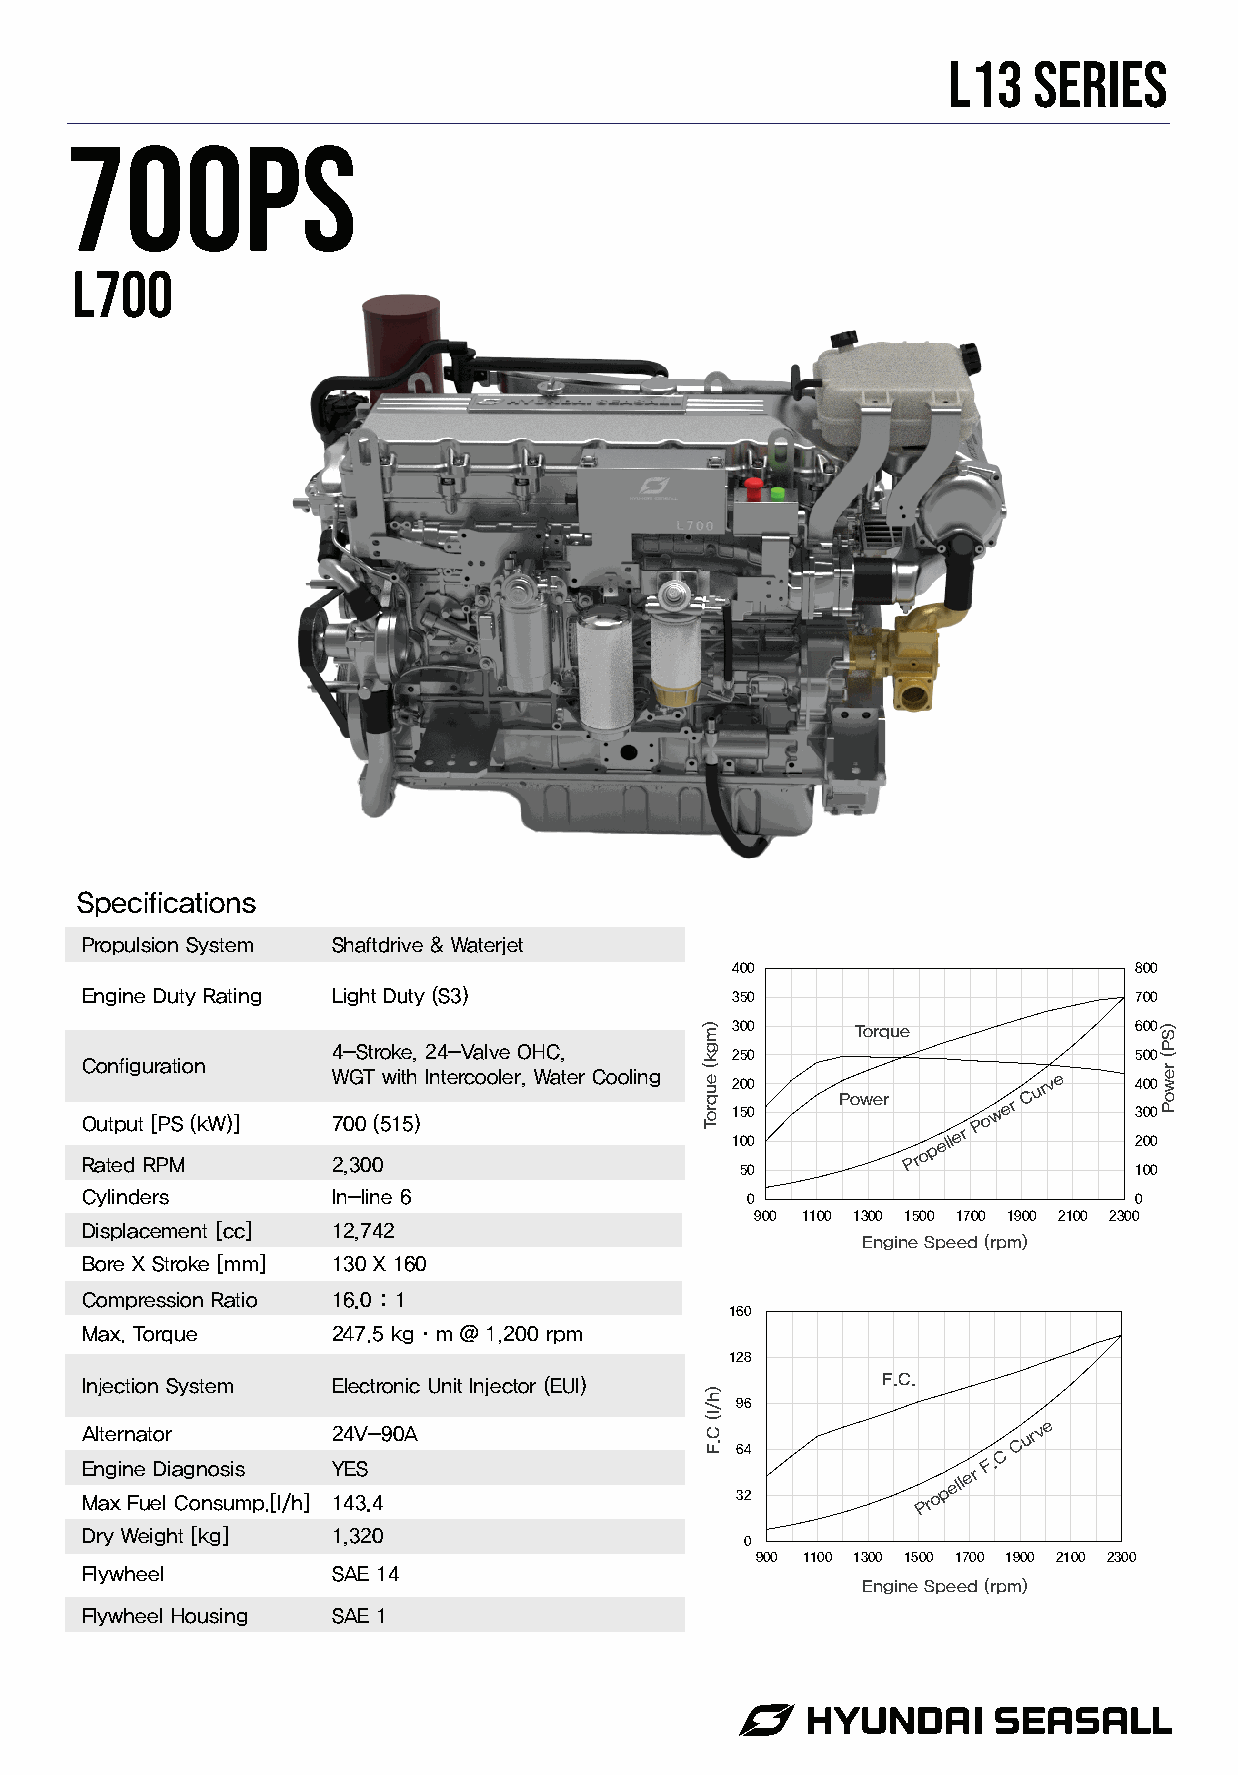
L13  SERIES
 700ps
 L700
 Specifications
 Propulsion System Shaftdrive & Waterjet
 400                        800
 Engine Duty Rating Light Duty (S3)         350                        700
 300      Torque            600
 4-Stroke, 24-Valve OHC,   250                        500
 Configuration
 O Rau tt ep du t
 R
 [ PP MS (kW)] 7
 2W
 0
 ,3G
 0
 0T
 0(
 5w 1it 5h
 )
 Intercooler, Water Cooling 12 1050 000
 Power
 Pro p
 eller
 P o
 w
 er C
 urv e 234 000 000
 50                        100
 Cylinders        In-line 6                  0                         0
 900 1100 1300 1500 1700 1900 2100 2300
 Displacement [cc] 12,742
 Engine Speed (rpm)
 Bore X Stroke [mm] 130 X 160
 Compression Ratio 16.0 : 1
 160
 Max. Torque      247.5 kg·m @ 1,200 rpm
 128
 Injection System Electronic Unit Injector (EUI)      F.C.
 96
 Alternator       24V-90A
 64               C C
 urv e
 E Mn ag xi n Fe
 u
 eD
 l
 ia Cg on no ss ui ms
 p.[l/h]
 1Y 4E 3S
 .4                       32          Pro p
 eller F.
 Dry Weight [kg]  1,320
 0
 900 1100 1300 1500 1700 1900 2100 2300
 Flywheel         SAE 14
 Engine Speed (rpm)
 Flywheel Housing SAE 1
 )mgk(
 euqroT
 )h/l(
 C.F
 )SP(
 rewoP